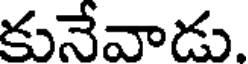
కునేవాడు.